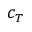
c _ { T }